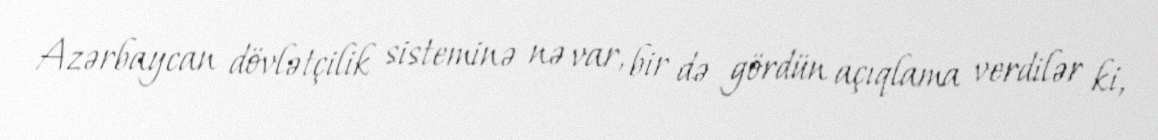
Azərbaycan dövlətçilik sisteminə nə var, bir də gördün açıqlama verdilər ki,